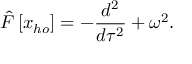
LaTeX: \hat { F } \left[ x _ { h o } \right] = - \frac { d ^ { 2 } } { d \tau ^ { 2 } } + \omega ^ { 2 } .